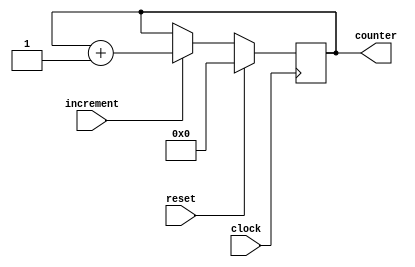
`timescale 1ns / 1ps
//////////////////////////////////////////////////////////////////////////////////
// Company: 
// Engineer: 
// 
// Design Name: 
// Module Name: counter
// Project Name: 
// Target Devices: 
// Tool Versions: 
// Description: 
// 
// Dependencies: 
// 
// Revision:
// Revision 0.01 - File Created
// Additional Comments:
// 
//////////////////////////////////////////////////////////////////////////////////


module counter8bit(
    input clock,
    input reset,
    input increment,
    output reg [7:0]counter
    );
    
    always @(posedge clock)
    begin
        if (reset)
            counter <= 8'b00000000;
        else if (increment)
            counter <= counter + 1'b1;
    end        
    
endmodule